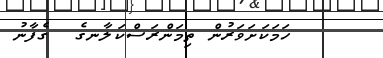
ހަމަކަށަވަރުން ތިމަންރަސްކަލާނގެ  ގެފާނު